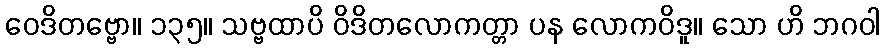
ဝေဒိတဗ္ဗော။ ၁၃၅။ သဗ္ဗထာပိ ဝိဒိတလောကတ္တာ ပန လောကဝိဒူ။ သော ဟိ ဘဂဝါ